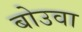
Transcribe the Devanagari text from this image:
बोउवा